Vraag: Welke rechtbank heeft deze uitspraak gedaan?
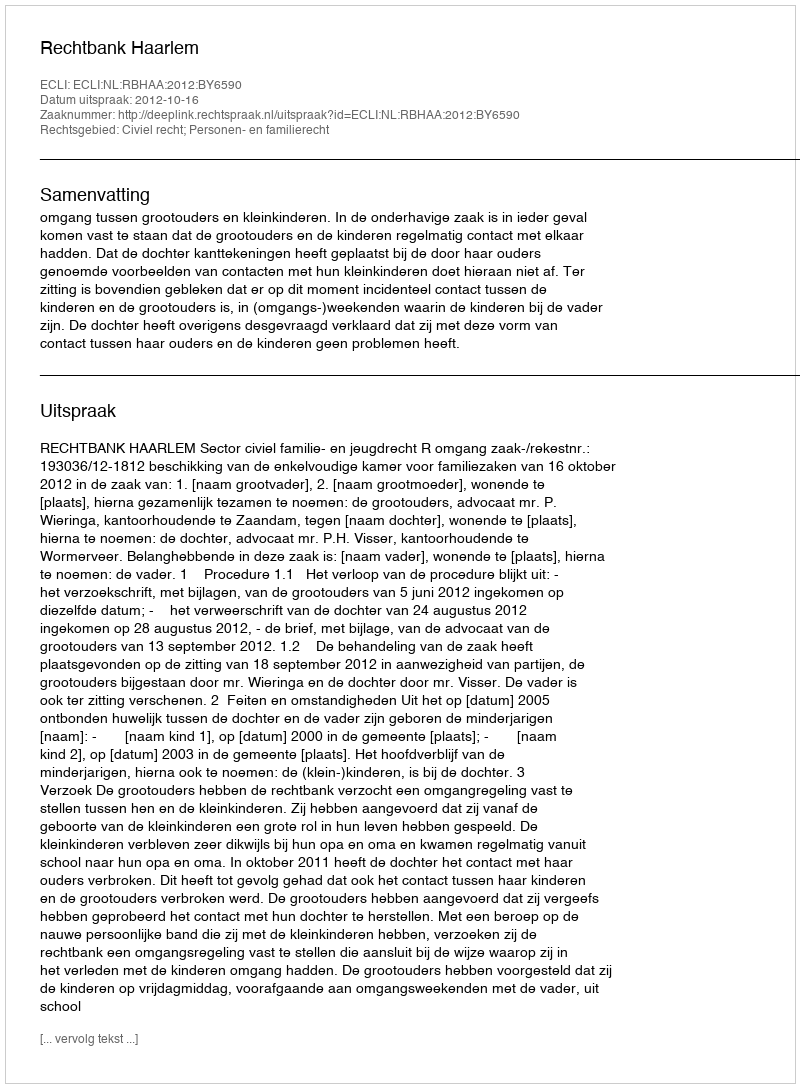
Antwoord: Rechtbank Haarlem